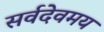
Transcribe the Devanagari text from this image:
सर्वदेवमय